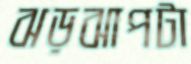
ঝড়ঝাপটা